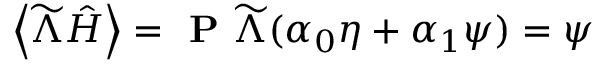
\left\langle \widetilde { \Lambda } \hat { H } \right\rangle = \textbf { P } \widetilde { \Lambda } ( \boldsymbol { \alpha } _ { 0 } \eta + \boldsymbol { \alpha } _ { 1 } \psi ) = \psi